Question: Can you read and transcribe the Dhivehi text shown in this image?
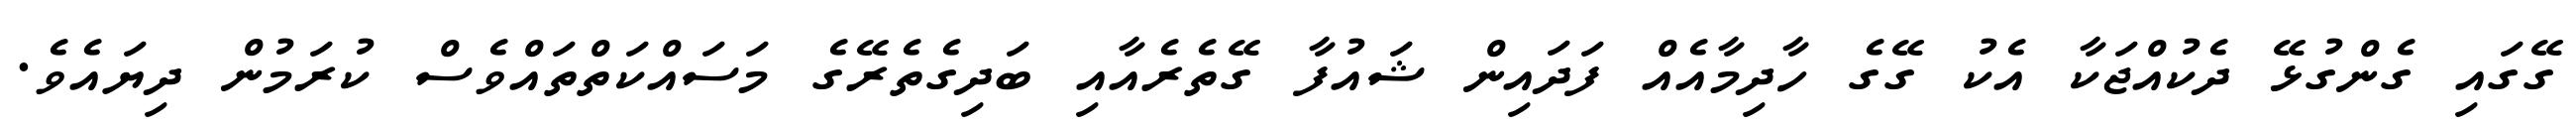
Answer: ގޭގައި ގެންގުޅޭ ދެކުއްޖަކާ އެކު ގޭގެ ހާދިމާއެއް ފަދައިން ޝައުފާ ގޭތެރެއާއި ބަދިގެތެރޭގެ މަސައްކަތްތައްވެސް ކުރަމުން ދިޔައެވެ.